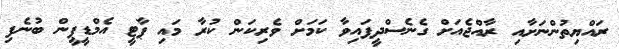
ރައްޔިތުންނަށާއި ރާއްޖެއަށް ގެނެސްދީފައިވާ ކަމަށް ވެރިކަން ކުރާ މައި ޕާޓީ އެމްޑީޕީން ބުނެފި